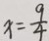
x = \frac { 9 } { 4 }